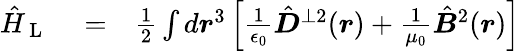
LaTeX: \begin{array}{rlr}{\hat{H}_{\mathrm{~L~}}}&{{}=}&{\frac{1}{2}\int d\boldsymbol r^{3}\left[\frac{1}{\epsilon_{0}}\hat{\boldsymbol D}^{\perp 2}(\boldsymbol r)+\frac{1}{\mu_{0}}\hat{\boldsymbol B}^{2}(\boldsymbol r)\right]}\end{array}